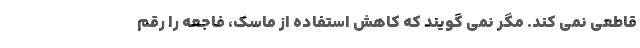
قاطعی نمی کند. مگر نمی گویند که کاهش استفاده از ماسک، فاجعه را رقم